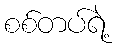
စစ်တပ်ရဲ့